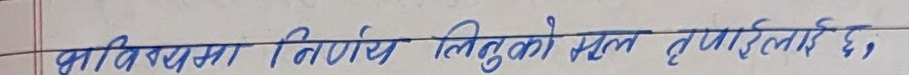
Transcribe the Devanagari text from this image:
भविष्यमा निर्णय लिनुको सकल तपाईंलाई छ,